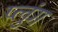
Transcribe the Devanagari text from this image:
प्लुंग